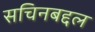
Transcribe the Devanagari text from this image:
सचिनबद्दल